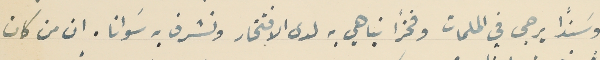
وسَنداً يرجى في الملمات وفخرًا نباهي به لدى الافتخار ونشرف به سَوانا. ان من كان